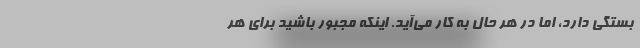
بستگی دارد، اما در هر حال به کار می‌آید. اینکه مجبور باشید برای هر